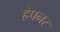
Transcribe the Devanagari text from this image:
हेपनर